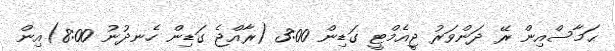
ޙަމާސްއިން ރޭ ދަންވަރު ޖީއެމްޓީ ގަޑިން 3:00 (ރާއްޖެ ގަޑިން ހެނދުނު 8:00)އިން